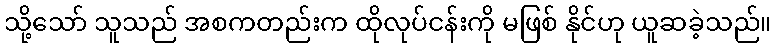
သို့သော် သူသည် အစကတည်းက ထိုလုပ်ငန်းကို မဖြစ် နိုင်ဟု ယူဆခဲ့သည်။